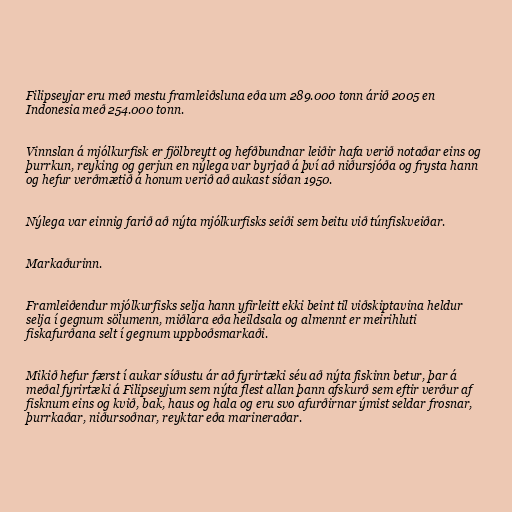
Filipseyjar eru með mestu framleiðsluna eða um 289.000 tonn árið 2005 en
Indonesia með 254.000 tonn.

Vinnslan á mjólkurfisk er fjölbreytt og hefðbundnar leiðir hafa verið notaðar eins og
þurrkun, reyking og gerjun en nýlega var byrjað á því að niðursjóða og frysta hann
og hefur verðmætið á honum verið að aukast síðan 1950.

Nýlega var einnig farið að nýta mjólkurfisks seiði sem beitu við túnfiskveiðar.

Markaðurinn.

Framleiðendur mjólkurfisks selja hann yfirleitt ekki beint til viðskiptavina heldur
selja í gegnum sölumenn, miðlara eða heildsala og almennt er meirihluti
fiskafurðana selt í gegnum uppboðsmarkaði.

Mikið hefur færst í aukar síðustu ár að fyrirtæki séu að nýta fiskinn betur, þar á
meðal fyrirtæki á Filipseyjum sem nýta flest allan þann afskurð sem eftir verður af
fisknum eins og kvið, bak, haus og hala og eru svo afurðirnar ýmist seldar frosnar,
þurrkaðar, niðursoðnar, reyktar eða marineraðar.